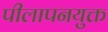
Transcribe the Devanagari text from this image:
पीलापनयुक्त